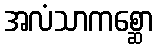
အလံသာကစ္ဆော